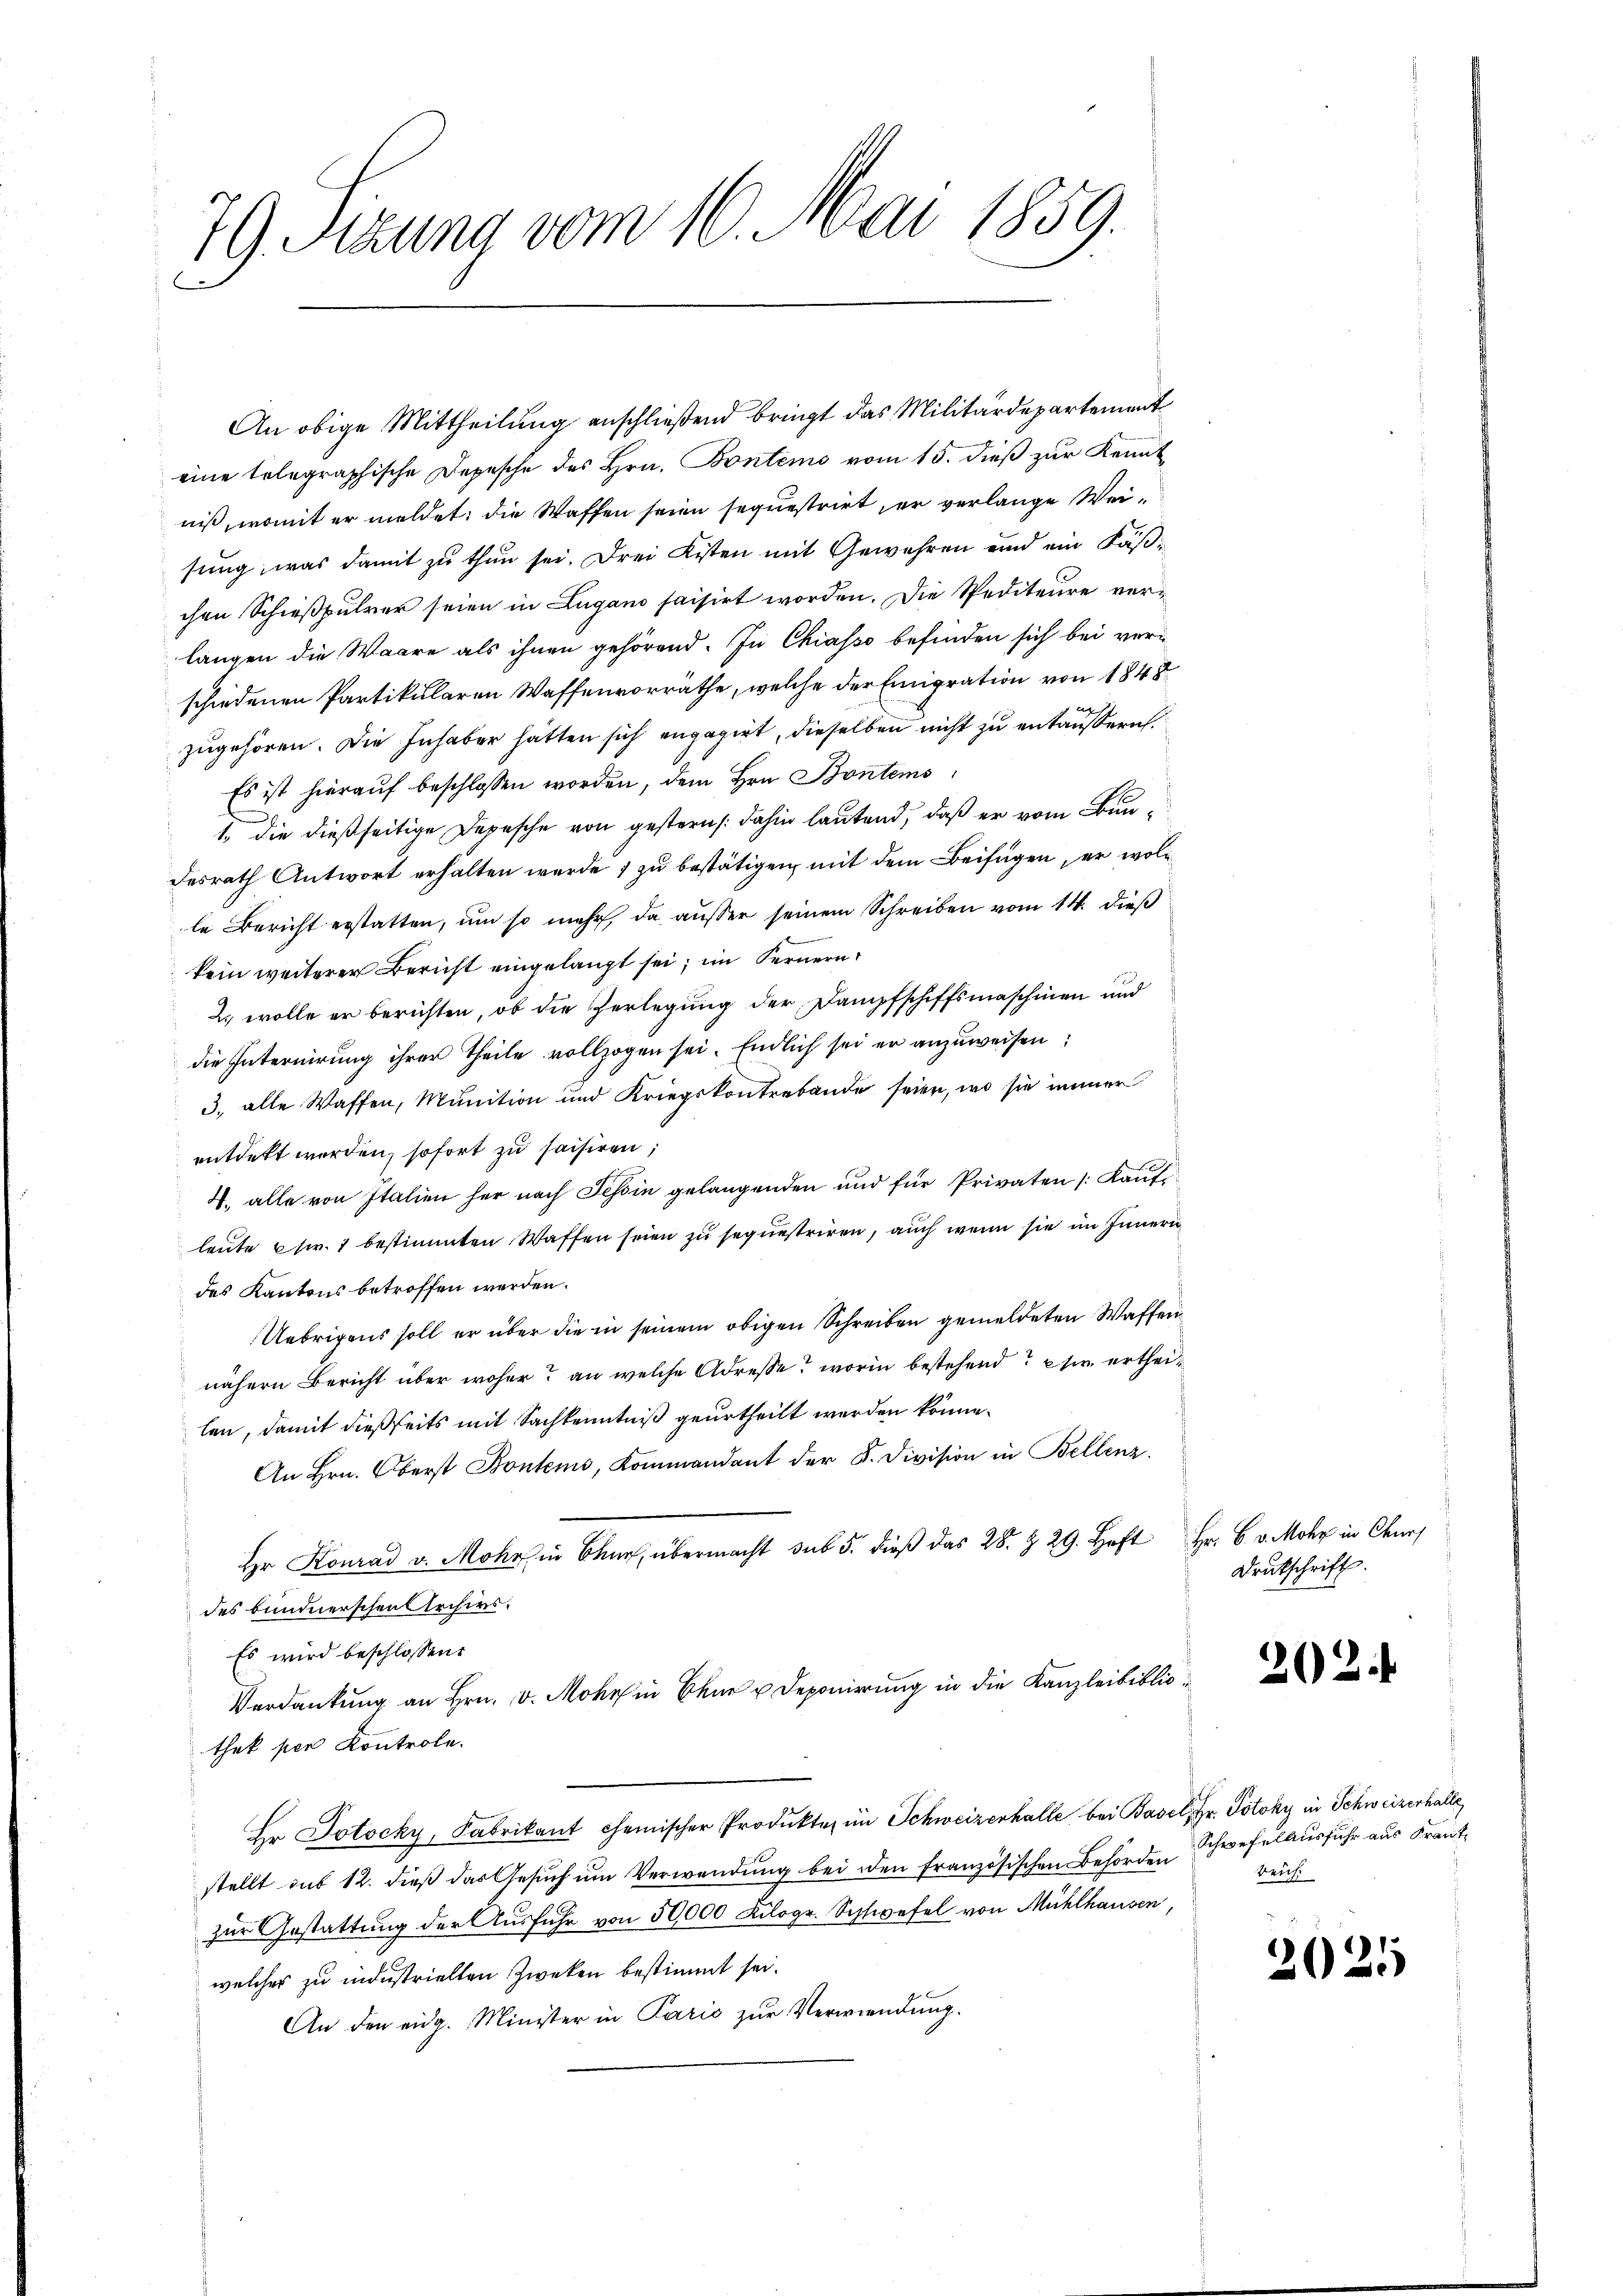
79 Sitzung vom 16. Mai 1859.

An obige Mittheilung anschließend bringt das Militärdepartement
eine telegraphische Depesche des Hrn. Bontems vom 15. dieß zur Kennt
niß, womit er meldet: die Waffen seien sequestrirt, er verlange Weisung, was damit zu thun sei. Drei Kisten mit Gewehren und ein Fäßchen Schießpulver seien in Lugano saisirt worden. Die Spediteure verlangen die Waare als ihnen gehörend. In Chiasso befinden sich bei verschiedenen Partikularen Waffenvorräthe, welche der Emigration von 1848
ag
zugehören. Die Inhaber hätten sich engagirt, dieselben nicht zu entäußern.
Es ist hierauf beschlossen worden, dem Hrn. Bontems
1. die dießseitige Depesche von gestern, dahin lautend, daß er vom Bundesrath Antwort erhalten werde; zu bestätigen mit dem Beifügen, er wolle Bericht erstatten, um so mehr, da außer seinem Schreiben vom 14. dieß
kein weiterer Bericht eingelangt sei; im Fernern
2. wolle er berichten, ob die Verlegung der Dampfschiffsmaschinen und
die Internirung ihrer Theile vollzogen sei. Endlich sei er anzuweisen:
3. alle Waffen, Munition und Kriegskontrabande seien, wo sie immer
entdekt worden, sofort zu saisiren;
4. alle von Italien her nach Tessin gelangenden und für Privaten /: Kauf
leute usw. 1 bestimmten Waffen seien zu sequestriren, auch wenn sie im Innern
des Kantons betroffen werden.
Uebrigens soll er über die in seinem obigen Schreiben gemeldeten Waffen
nähern Bericht über woher? an welche Adresse, worin bestehend sr. ertheilen, damit dießseits mit Sachkenntniß geurtheilt werden könne.
An Hrn. Oberst Bontems, Kommandant der F. Division in Bellenz
Hr. Konrad v. Mohr in Chur, übermacht sub 5. dieβ das 28. Z. 29. Heft Fr. 6. v. Mohr in Churf
des bundnerschen Archivs.
Es wird beschlossen:
Verdankung an Hrn. v. Mohrs in Chur u Deponirung in die Kanzleibibliothek per Kontrole.
Hr. Jotocky, Fabrikant chemischer Produkte im Schweizerhalle bei Basel, Hr. Potoky in Schweizerhalle,
stellt aus 12. dieß das Gesuch um Verwendung bei den französischen Behörden
zur Gestattung der Ausführ von 50000 Kilogr. Schwefel von Mühlhausen,
welcher zu industriellen Zweken bestimmt sei.
An den eidg. Minister in Paris zŭr Verwendung.

Drukschrift.

20

Schwefelausfuhr aus Frant
Beich.

2025